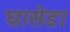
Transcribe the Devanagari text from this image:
घासेडा